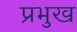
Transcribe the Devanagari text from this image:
प्रभुख